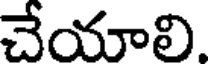
చేయాలి.